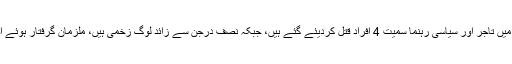
رواں سال کے پہلے دس دنوں میں تاجر اور سیاسی رہنما سمیت 4 افراد قتل کردیئے گئے ہیں، جبکہ نصف درجن سے زائد لوگ زخمی ہیں، ملزمان گرفتار ہوئے اور نہ ہی وارداتیں رک سکیں ۔